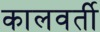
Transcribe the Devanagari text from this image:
कालवर्ती